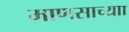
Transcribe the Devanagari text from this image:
माणसाच्याा